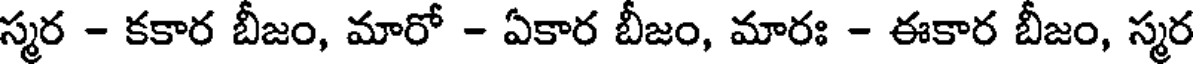
స్మర - కకార బీజం, మారో - ఏకార బీజం, మారః - ఈకార బీజం, స్మర